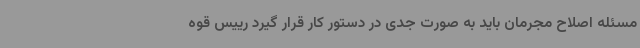
مسئله اصلاح مجرمان باید به صورت جدی در دستور کار قرار گیرد رییس قوه